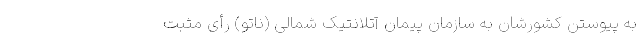
به پیوستن کشورشان به سازمان پیمان آتلانتیک شمالی (ناتو) رأی مثبت